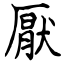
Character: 厭